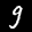
Label: 9